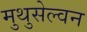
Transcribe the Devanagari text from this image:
मुथुसेल्वन